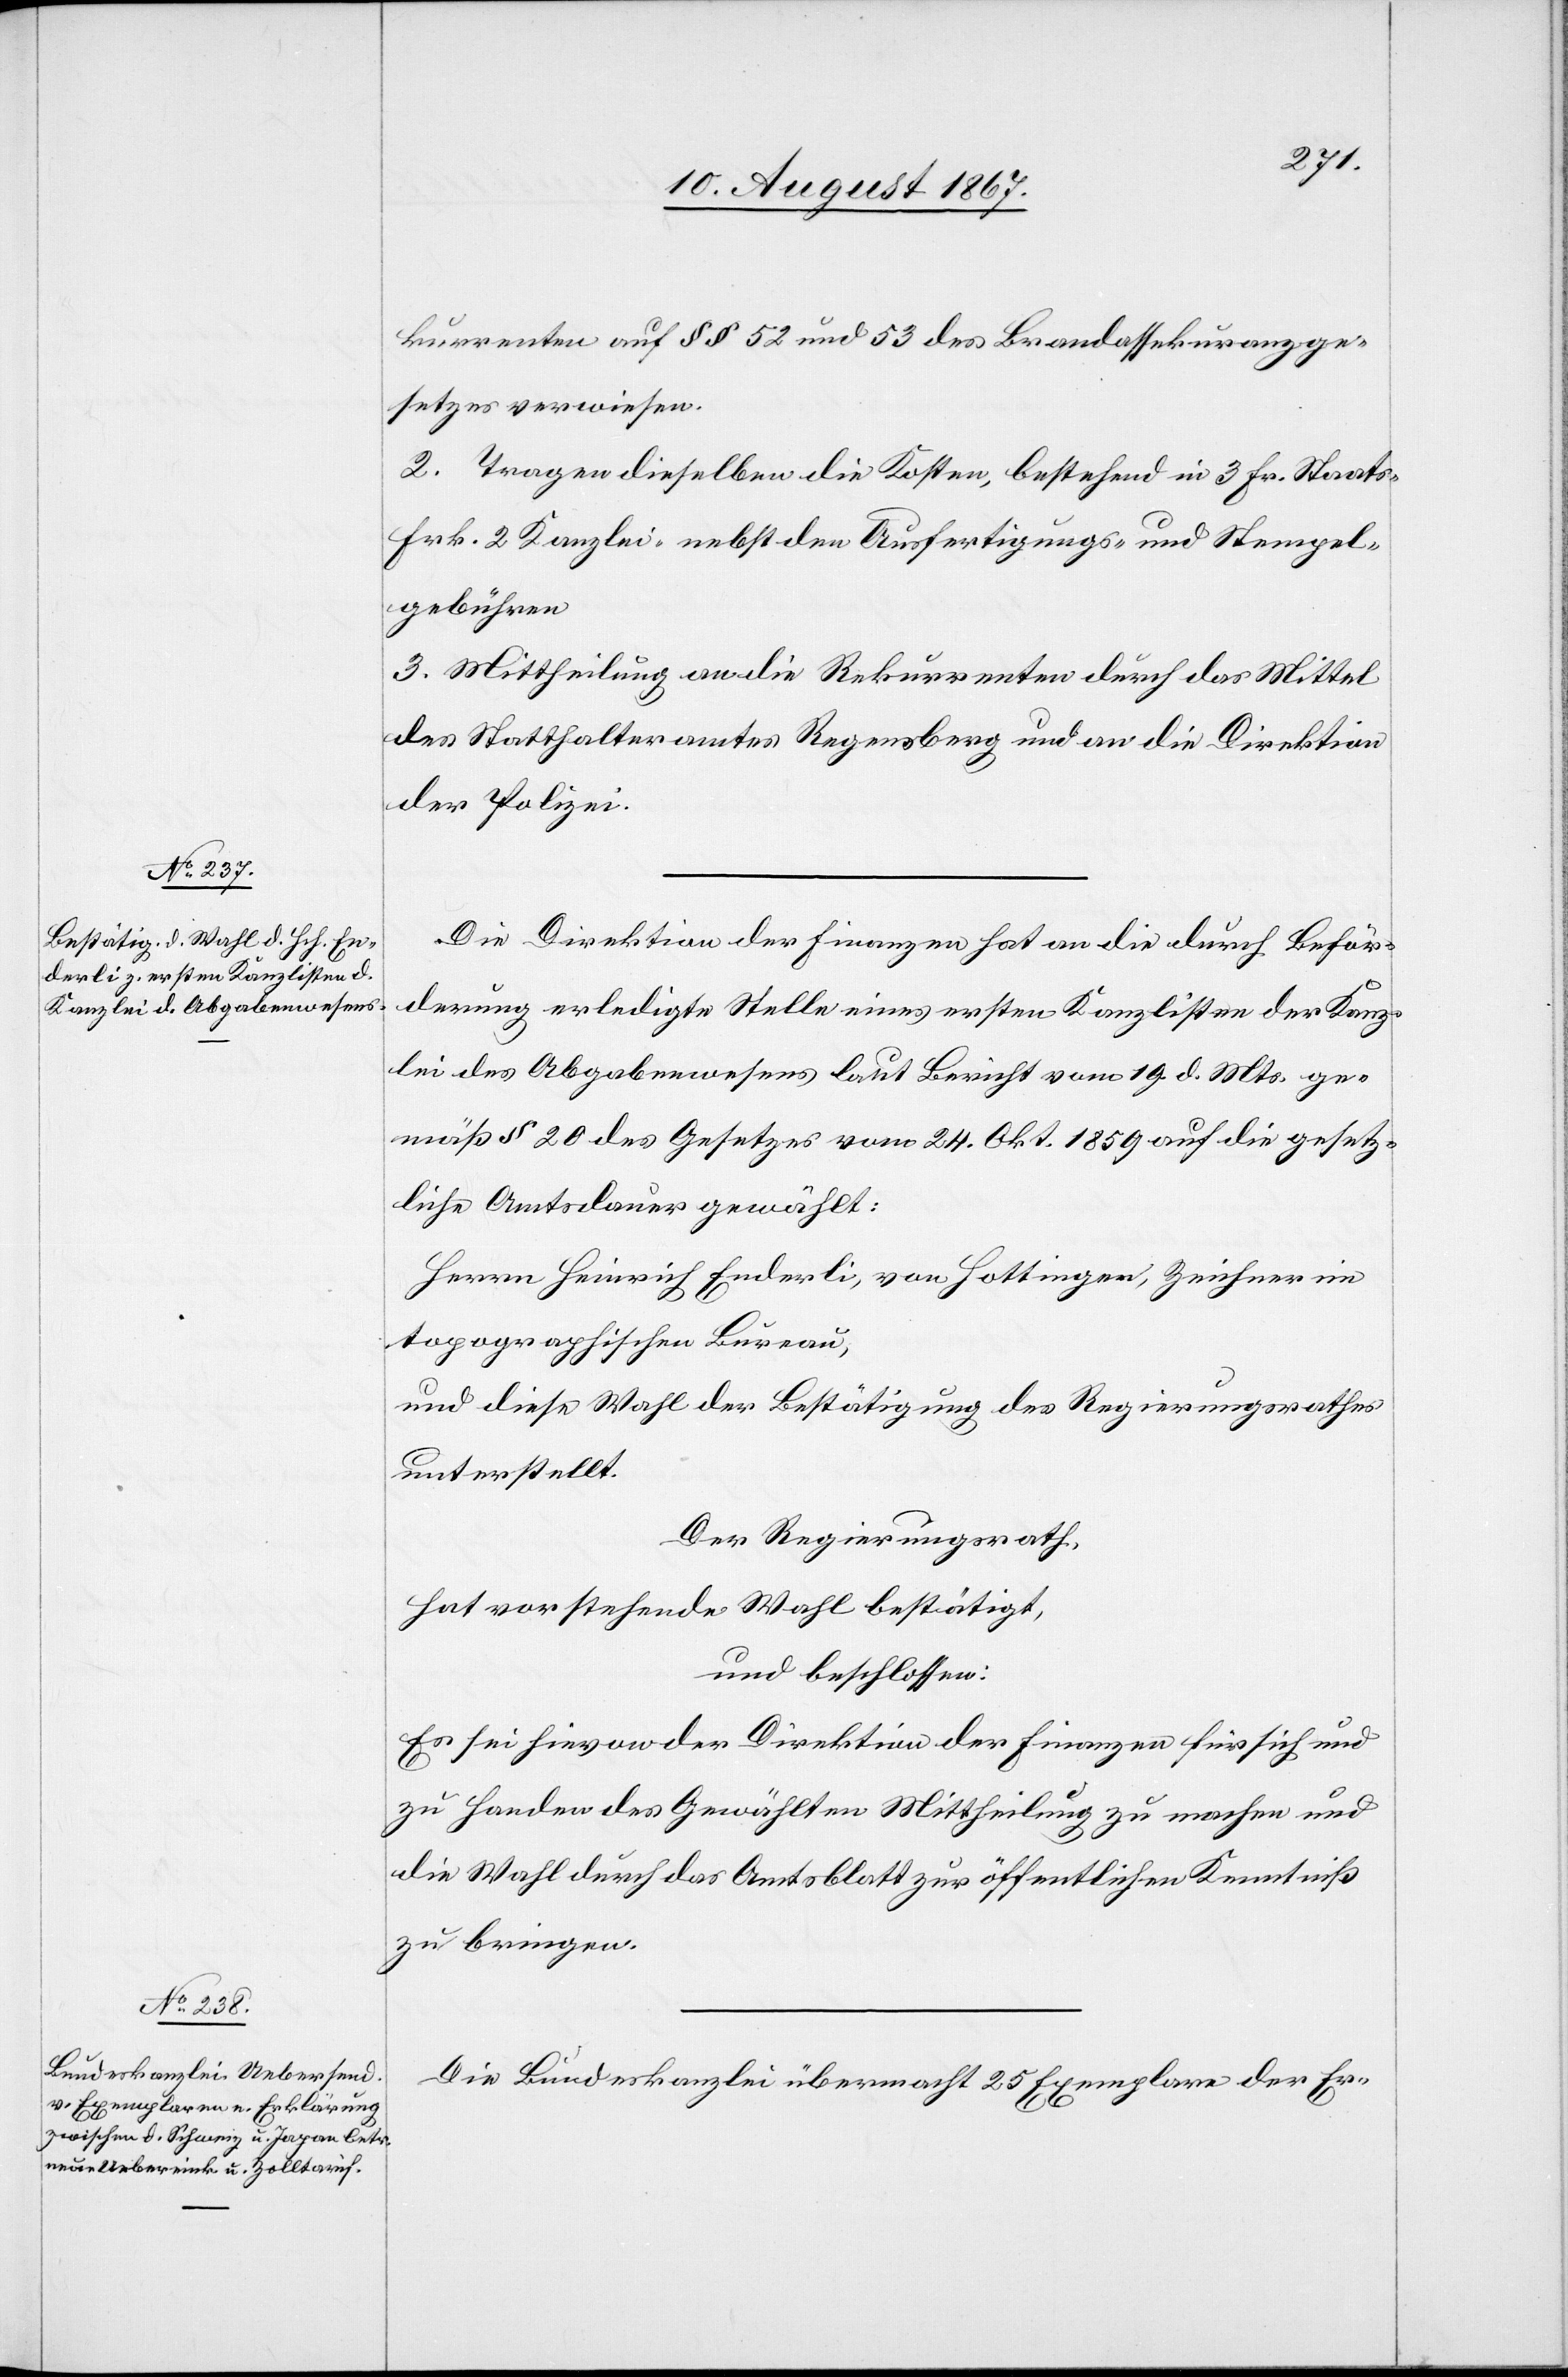
kurrenten auf § § 52 und 53 des Brandassekuranzge¬
setzes verwiesen.
2. Tragen dieselben die Kosten, bestehend in 3 Fr. Staats-[,]
Frk. 2 Kanzlei- nebst den Ausfertigungs- und Stempel¬
gebühren.
3. Mittheilung an die Rekurrenten durch das Mittel
des Statthalteramtes Regensberg und an die Direktion
der Polizei.
Die Direktion der Finanzen hat an die durch Beför¬
derung erledigte Stelle eines ersten Kanzlisten der Kanz¬
lei des Abgabenwesens laut Bericht vom 19. d. Mts. ge¬
mäß § 20 des Gesetzes vom 24. Okt. 1859 auf die gesetz¬
liche Amtsdauer gewählt:
Herrn Heinrich Enderli, von Hottingen, Zeichner im
topographischen Bureau,
und diese Wahl der Bestätigung des Regierungsrathes
unterstellt.
Der Regierungsrath,
hat vorstehende Wahl bestätigt,
und beschloßen:
Es sei hievon der Direktion der Finanzen für sich und
zu Handen des Gewählten Mittheilung zu machen und
die Wahl durch das Amtsblatt zur öffentlichen Kenntniß
zu bringen.
Die Bundeskanzlei übermacht 25 Exemplare der Er-